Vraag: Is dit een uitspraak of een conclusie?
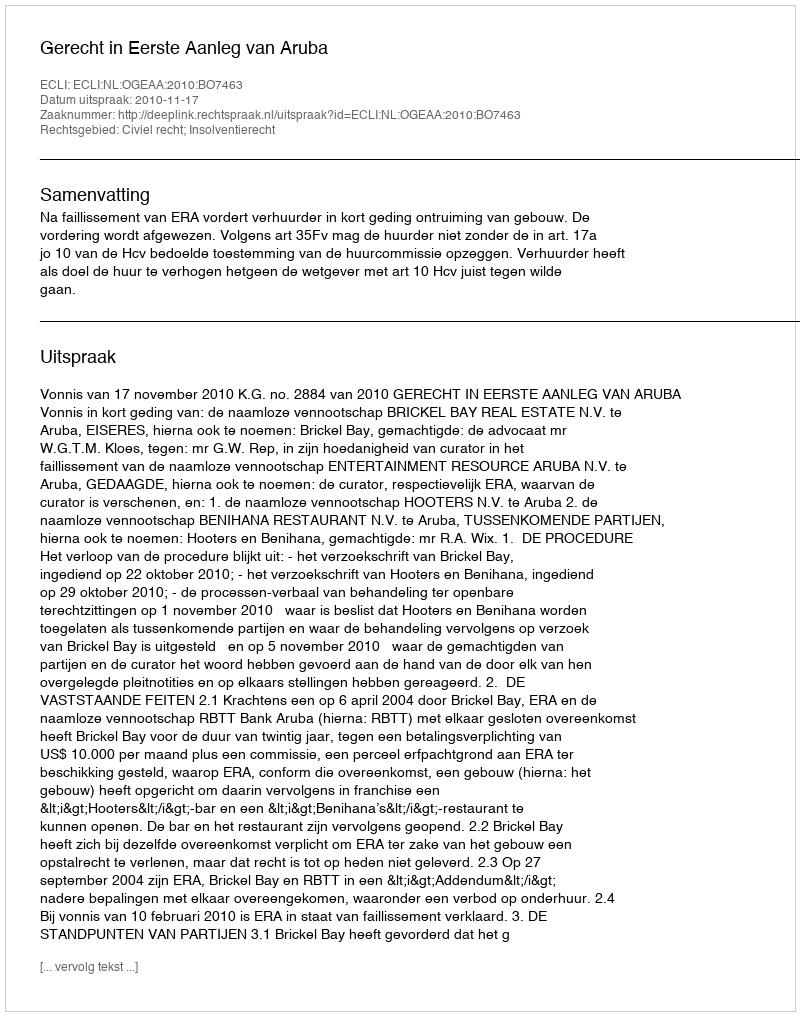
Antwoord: Uitspraak